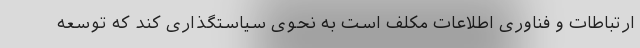
ارتباطات و فناوری اطلاعات مکلف است به نحوی سیاستگذاری کند که توسعه